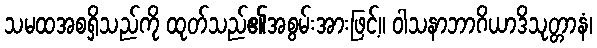
သမထအစရှိသည်ကို ထုတ်သည်၏အစွမ်းအားဖြင့်။ ဝါသနာဘာဂိယာဒိသုတ္တာနံ၊